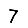
Digit: 7